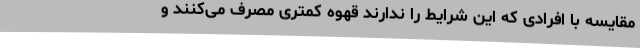
مقایسه با افرادی که این شرایط را ندارند قهوه کمتری مصرف می‌کنند و